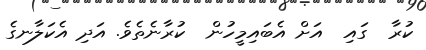
ކުރާ  ގައި  އަށް އެބައިމީހުން  ކުރާނެތެވެ. އަދި އެކަލާނގެ